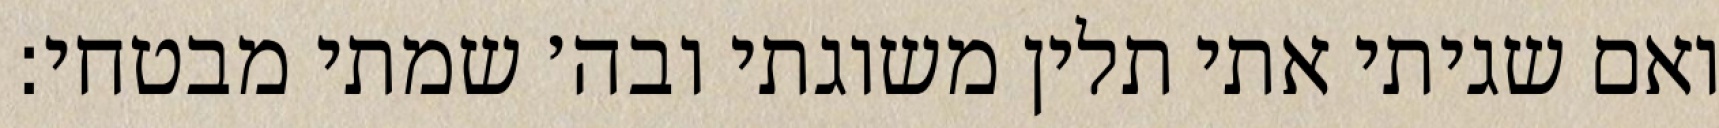
ואם שגיתי אתי תלין משוגתי ובה׳ שמתי מבטחי: